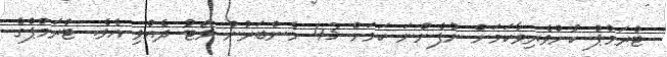
ޓްރަމްޕް ކުށްވެރިވާކަމަށް ނުފެންނަ ކަމަށް 43 މެންބަރުން ވޯޓު ދެއްވި އެވެ. ޓްރަމްޕްގެ